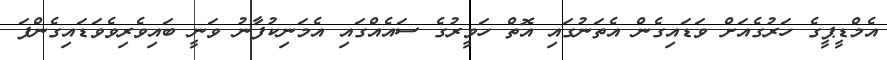
އެމްޑީޕީގެ ހަރުގެއަށް ވަޑައިގެން އެތަނުގައި އޮތް ހަވީރުގެ ސައެއްގައި އެމަނިކުފާނު ވަނީ ބައިވެރިވެވަޑައިގެންފަ